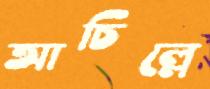
আচিল্লে